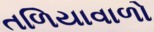
તળિયાવાળો